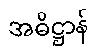
အဓိဋ္ဌာန်